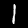
Label: 1